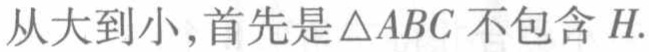
从大到小,首先是\(\triangle ABC\)不包含\(H\).